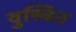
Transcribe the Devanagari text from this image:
वुस्त्रित